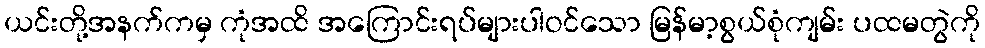
ယင်းတို့အနက်ကမှ ကုံအထိ အကြောင်းရပ်များပါဝင်သော မြန်မာ့စွယ်စုံကျမ်း ပထမတွဲကို